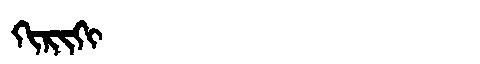
Manchu: ᡴᡳᡵᡳᡴᡳ
Romanization: KIRIKI